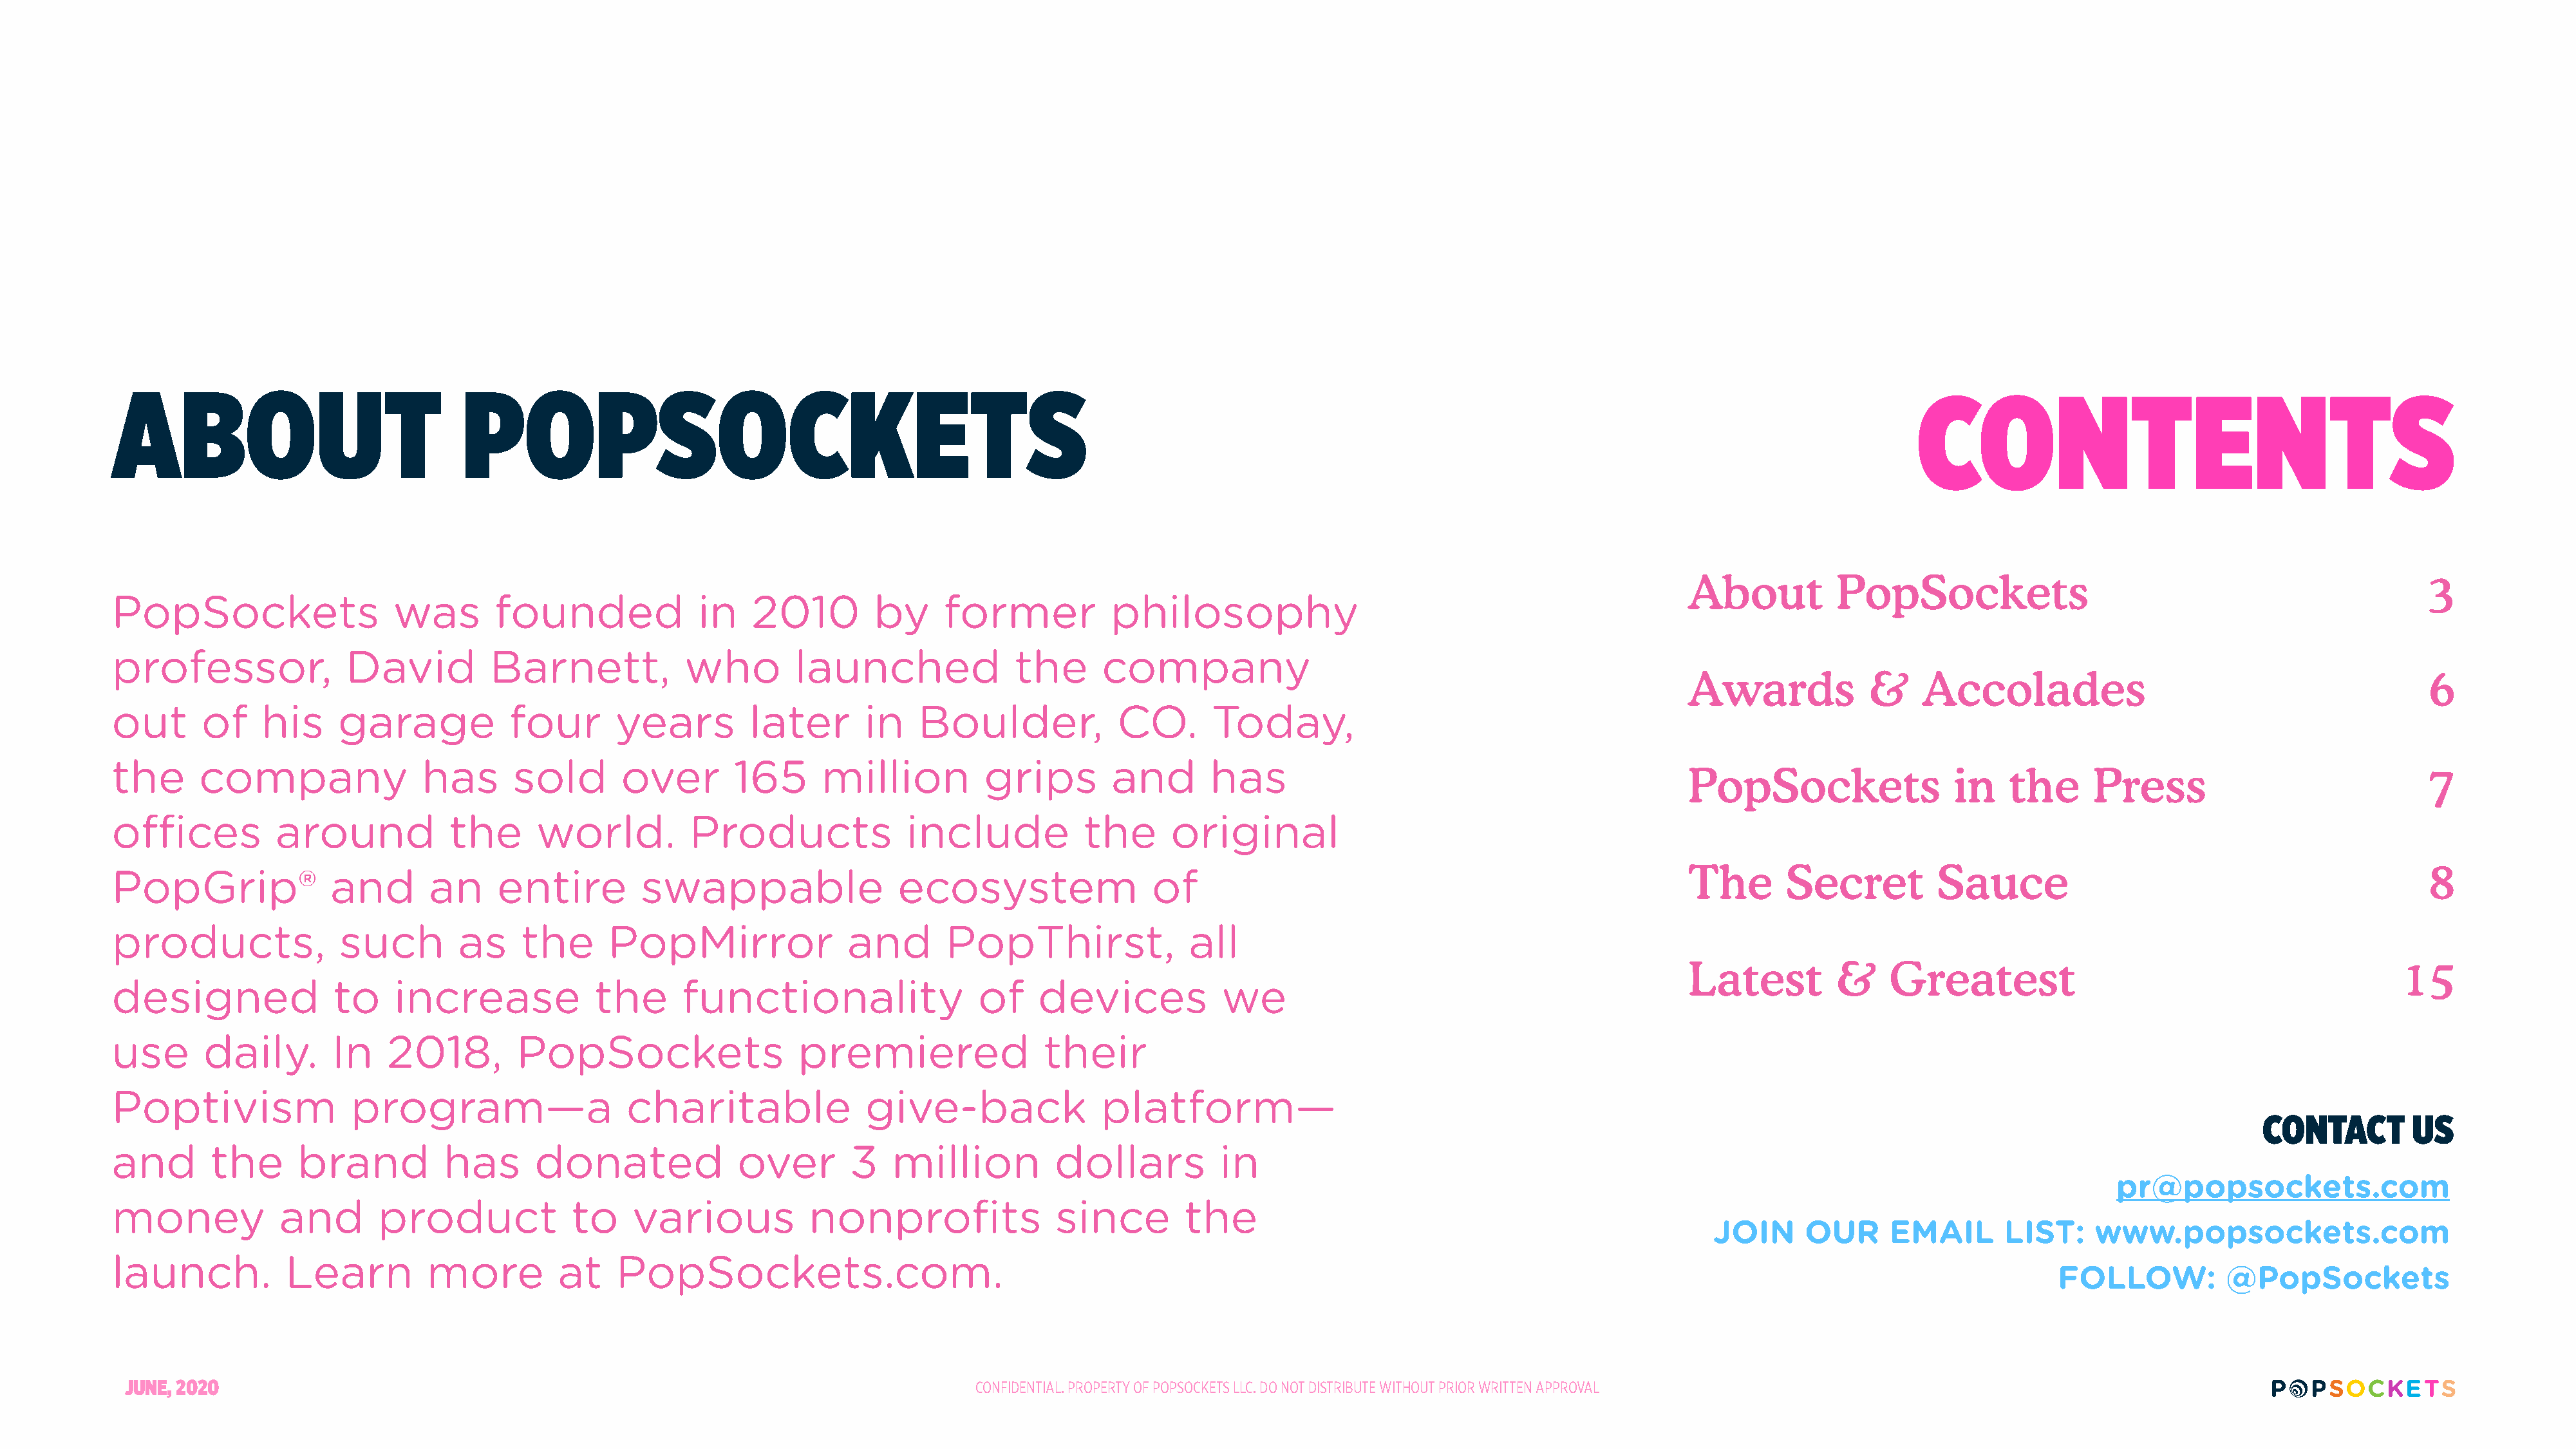
ABOUT                                POPSOCKETS                                                                                                                                           CONTENTS
 About          PopSockets                                                   3
 PopSockets                   was        founded              in   2010         by     former           philosophy
 professor,               David         Barnett,            who         launched              the      company
 Awards            &     Accolades                                           6
 out       of    his     garage           four       years         later       in   Boulder,             CO.       Today,
 the      company                has       sold       over       165      million          grips        and       has
 PopSockets                 in    the     Press                              7
 offices          around            the      world.          Products              include           the      original
 The       Secret         Sauce                                              8
 PopGrip®               and       an     entire         swappable                 ecosystem                 of
 products,               such        as     the      PopMirror               and       PopThirst,               all
 Latest         &    Greatest                                             15
 designed               to     increase            the      functionality                  of    devices            we
 use       daily.       In    2018,        PopSockets                   premiered                their
 Poptivism                program—a                   charitable               give-back               platform—
 CONTACT        US
 and        the      brand          has      donated              over       3    million         dollars          in
 pr@popsockets.com
 money             and       product             to    various           nonprofits               since         the
 JOIN      OUR     EMAIL       LIST:    www.popsockets.com
 launch.           Learn          more         at    PopSockets.com.
 FOLLOW:          @PopSockets
 JUNE, 2020                                                                             CONFIDENTIAL. PROPERTY OF POPSOCKETS LLC. DO NOT DISTRIBUTE WITHOUT PRIOR WRITTEN APPROVAL